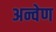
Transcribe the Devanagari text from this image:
अन्वेण